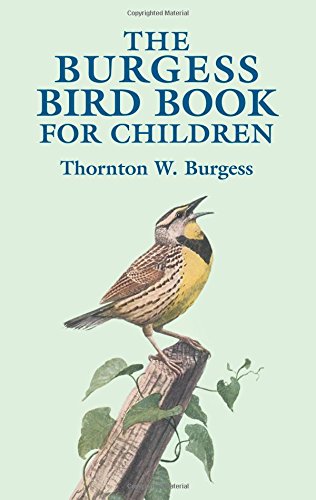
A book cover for The Burgess Bird Book for Children (Dover Children's Classics); Thornton W. Burgess; Science & Math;